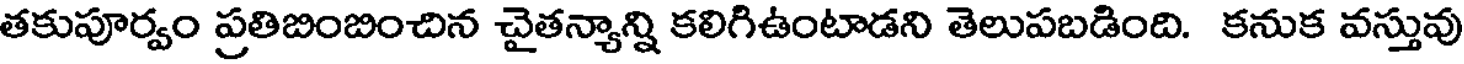
తకుపూర్వం ప్రతిబింబించిన చైతన్యాన్ని కలిగిఉంటాడని తెలుపబడింది. కనుక వస్తువు